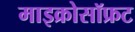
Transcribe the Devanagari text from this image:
माइक्रोसॉफ्रट